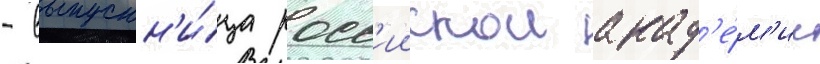
- выпускн'и́ца росс'иискои акад'е́м'ии